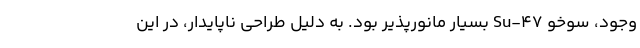
وجود، سوخو Su-47 بسیار مانورپذیر بود. به دلیل طراحی ناپایدار، در این